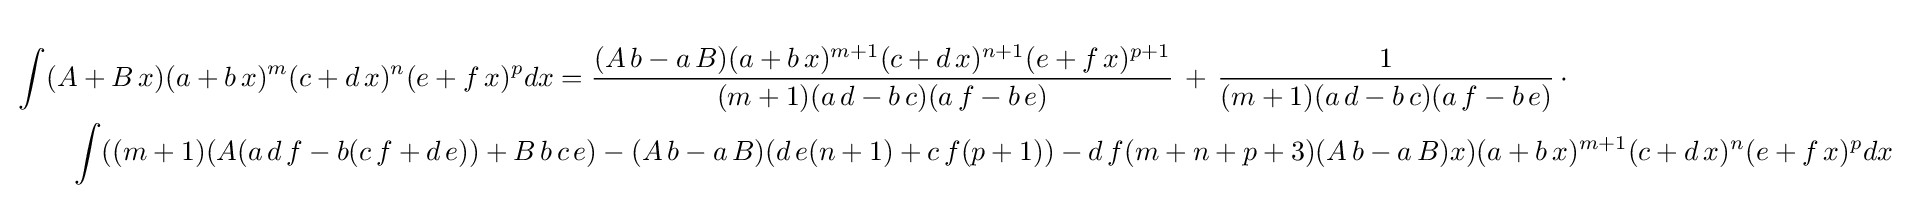
{\begin{aligned}&\int (A+B\,x)(a+b\,x)^{m}(c+d\,x)^{n}(e+f\,x)^{p}dx={\frac {(A\,b-a\,B)(a+b\,x)^{m+1}(c+d\,x)^{n+1}(e+f\,x)^{p+1}}{(m+1)(a\,d-b\,c)(a\,f-b\,e)}}\,+\,{\frac {1}{(m+1)(a\,d-b\,c)(a\,f-b\,e)}}\,\cdot \\&\qquad \int ((m+1)(A(a\,d\,f-b(c\,f+d\,e))+B\,b\,c\,e)-(A\,b-a\,B)(d\,e(n+1)+c\,f(p+1))-d\,f(m+n+p+3)(A\,b-a\,B)x)(a+b\,x)^{m+1}(c+d\,x)^{n}(e+f\,x)^{p}dx\end{aligned}}